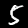
Label: 5